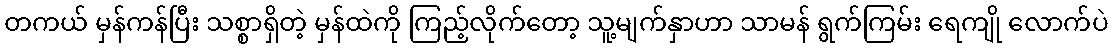
တကယ် မှန်ကန်ပြီး သစ္စာရှိတဲ့ မှန်ထဲကို ကြည့်လိုက်တော့ သူ့မျက်နှာဟာ သာမန် ရွက်ကြမ်း ရေကျို လောက်ပဲ